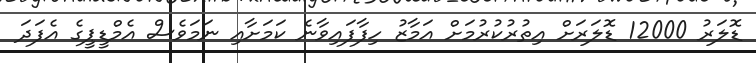
ޑޮލަރު 12000 ޑޮލަރަށް އިތުރުކުރުމަށް އަމާޒު ހިފާފައިވާނެ ކަމަށާއި ނަމަވެސް އެމްޑީޕީގެ އެފަދަ